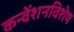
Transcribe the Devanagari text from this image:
कन्वेंशनविशेष